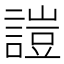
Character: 𧪚